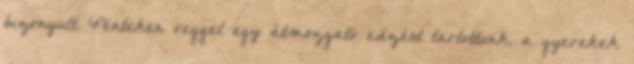
bizonyult. Pénteken reggel egy átmozgató edzést tartottunk, a gyerekek